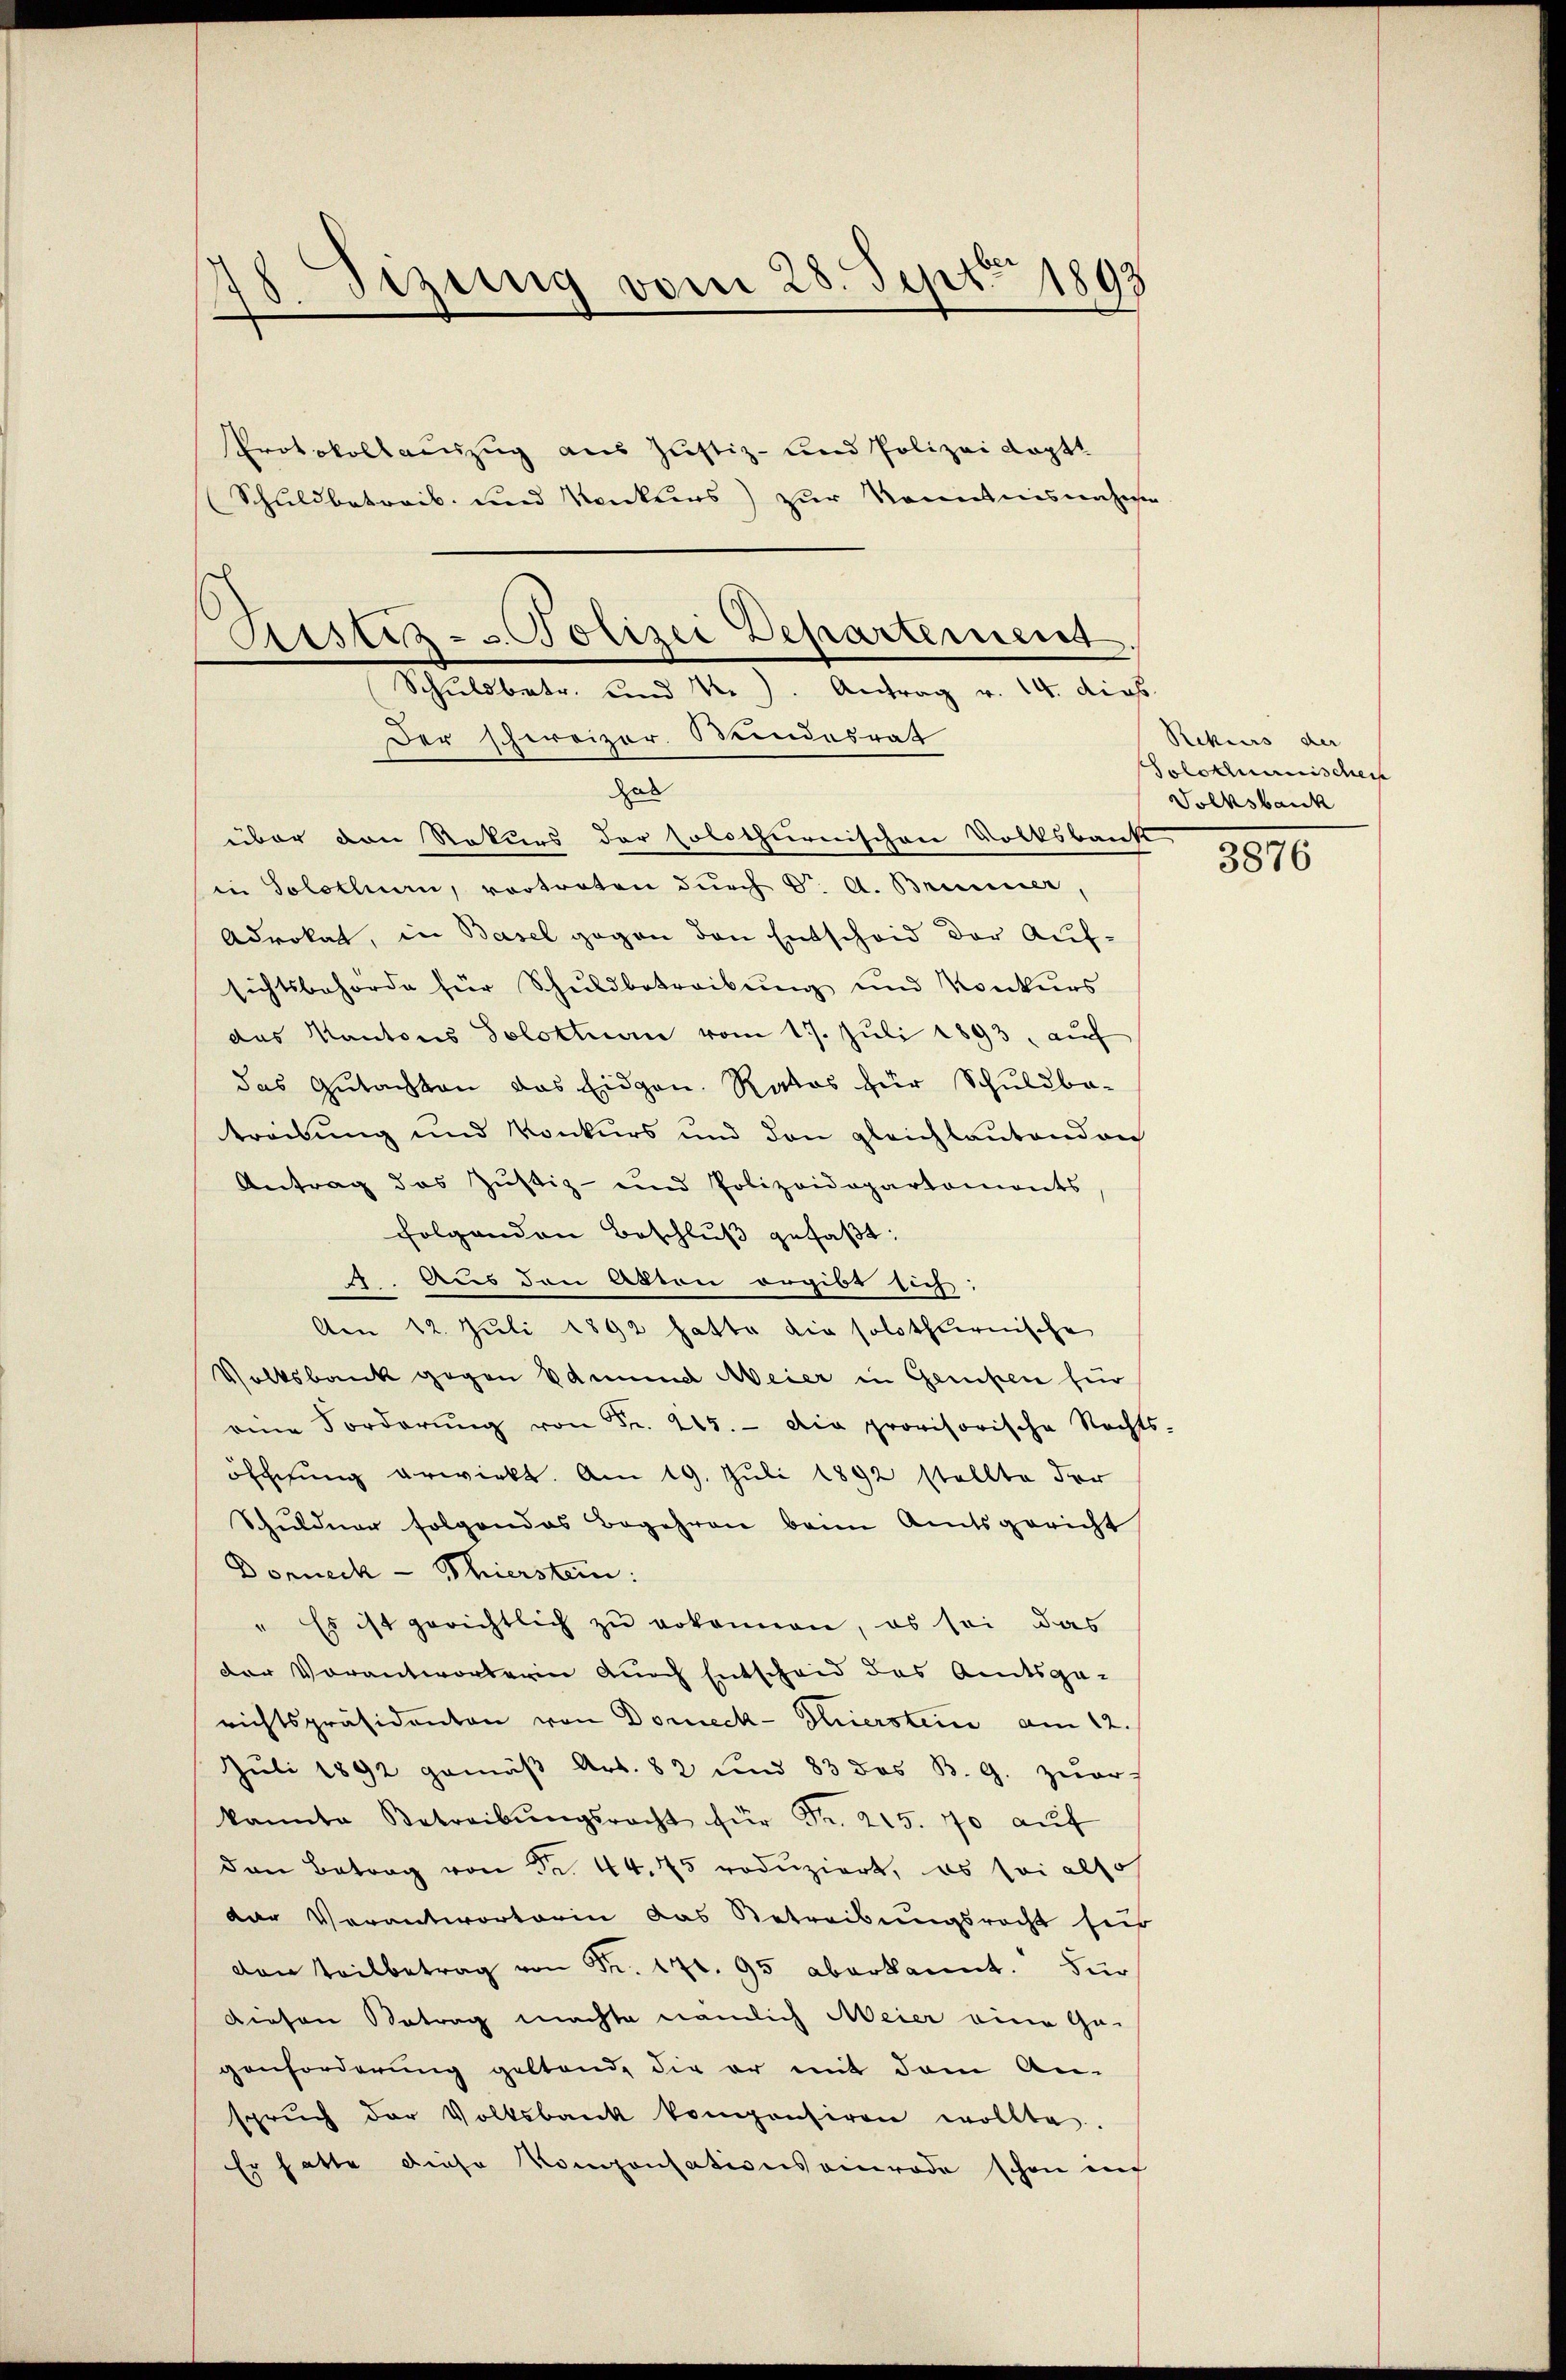
18.
Sizung vom 28. Sept 1893
l

Protokollauszug aus Justiz- und Polizei Kopt
(Schuldbetreib und Konkurs) zur Kenntnisnahmen

Justiz- u. Polizei Departement
Schildbetr. und 14). Antrag v. 14. dies
Der schweizer. Bundesrath

das
über den Rekurs der solothurnischen Volksbank
in Solothurn, vortreten durch Dr. A. Brunner,
Advokat, in Basel gegen den Entscheid der Aufsichtsbehörde für Schuldbetreibŭng und Konkurs
das Kantons Solothurn vom 17. Jŭli 1893, auf
das Gutachten das Eidgen. Ratos zur Schuldba-
treibung und Konkurs und den gleichbautenden
Antrag des Jŭstiz- und Polizeidepartamonts
folgenden Beschluß gefaßt:
.. Aus den Atton ergibt sich:
Am 12. Juli 1892 hatte die solothurnische
Volksbank gegen Edmund Meier in Gercken für
eine Forderŭng von Fr. 215. Die provisorische Rechts-
öffnung erwirkt. Am 19. Juli 1892 stellte der
Schuldner folgendes Begehren beim Amtsgericht
Dorneck - Thierstein:
" Es ist gerichtlich zŭ vokonen, es sei das
der Vorantworterin durch Entscheid des Amtsge-
richtspräsidenten von Doreck-Thierstein am 12.
Jŭli 1892 gemäβ Art. 82 und 83 des B. G. zuer-
kannte Betreibŭngsrecht für Fr. 215. 70 aŭf
den Betrag von Fr. 44. 75 roduziert, es sei also
der Verantwortarin das Betreibungsrecht sich
den Teilbetrag von Fr. 172. 95 aberkannt. Für
diesen Betrag machte nämlich Meier eine Ge-
genforderung geltend, die er mit dem An-
sprŭch der Volksbank kompensiren wollte.
Er hatte diese Komponsationsamerade schon inf

Rekurs der
Solothurnischen
Volksbank

3876